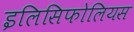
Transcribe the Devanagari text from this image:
इलिसिफोलियस